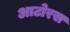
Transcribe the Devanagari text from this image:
आटोरस